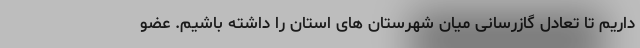
داریم تا تعادل گازرسانی میان شهرستان های استان را داشته باشیم. عضو